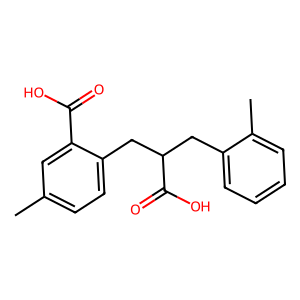
SMILES: Cc1ccc(CC(Cc2ccccc2C)C(=O)O)c(C(=O)O)c1
Inhibits HIV replication: No